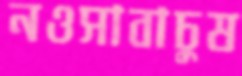
নওসাবাচুষ